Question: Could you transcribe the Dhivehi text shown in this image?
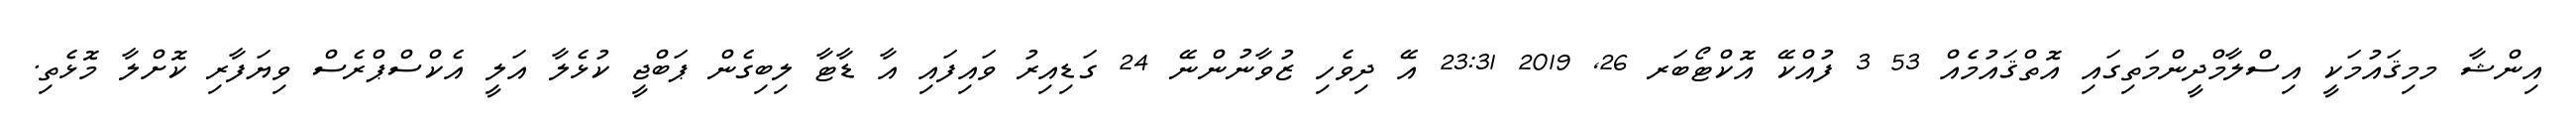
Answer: އިންޝާ މމިޤައުމަކީ އިސްލާމްދީންމަތިގައި އޮތްޤައުމެއް 53 3 ފުއްކޭ އޮކްޓޯބަރ 26, 2019 23:31 އޭ ދިވެހި ޒުވާނުންނޭ 24 ގަޑިއިރު ވައިފައި އާ ޑާޓާ ލިބިގެން ޕަބްޖީ ކުޅެލާ އަލީ އެކްސްޕްރެސް ވިޔަފާރި ކޮށްލާ މޮޅެތި.